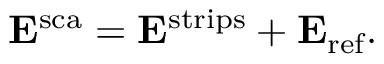
\mathbf { E } ^ { \mathrm { s c a } } = \mathbf { E } ^ { \mathrm { s t r i p s } } + \mathbf { E } _ { \mathrm { r e f } } .